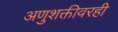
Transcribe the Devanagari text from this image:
अणुशक्तीवरही